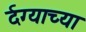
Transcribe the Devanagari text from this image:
र्दग्याच्या